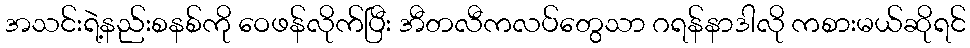
အသင်းရဲ့နည်းစနစ်ကို ဝေဖန်လိုက်ပြီး အီတလီကလပ်တွေသာ ဂရန်နာဒါလို ကစားမယ်ဆိုရင်